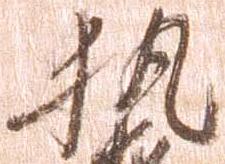
執